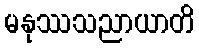
မနုဿသညာယာတိ